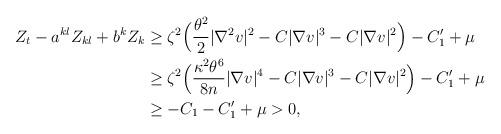
LaTeX: \begin{align*}\begin{aligned}Z_t - a^{kl} Z_{kl} + b^k Z_k &\geq \zeta^2 \Big(\frac{\theta^2}{2} |\nabla^2 v|^2 - C|\nabla v|^3 - C |\nabla v|^2\Big) - C_1' + \mu \\&\geq \zeta^2 \Big(\frac{\kappa^2 \theta^6}{8n} |\nabla v|^4 - C|\nabla v|^3 - C |\nabla v|^2\Big) - C_1' + \mu \\&\geq - C_1 - C_1' + \mu >0,\end{aligned}\end{align*}